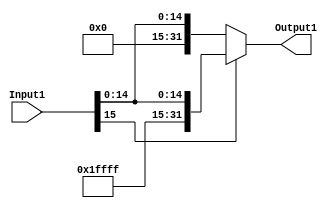
`timescale 1ns/1ns
module SignExtend(Input1, Output1);
   
   input [15:0] Input1;
   
   output reg [31:0] Output1;
   
   always @(*)
   begin

       if(Input1[15] == 1'b1)
       begin
           Output1 = {16'b1111111111111111, Input1};
       end
       else
       begin
          Output1  = Input1; 
       end
         
   end
   
endmodule